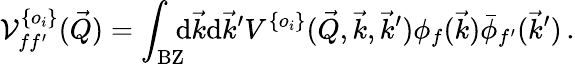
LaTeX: \mathcal V_{ff^{\prime}}^{\{ o_{i}\} }(\vec{Q})=\int_{\mathrm{BZ}}\! \! \! \mathrm{d}\vec{k}\mathrm{d}\vec{k}^{\prime}V^{\{ o_{i}\} }(\vec{Q},\vec{k},\vec{k}^{\prime})\phi_{f}(\vec{k})\bar{\phi}_{f^{\prime}}(\vec{k}^{\prime})\, \mathrm{.}